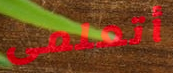
أتعلمى